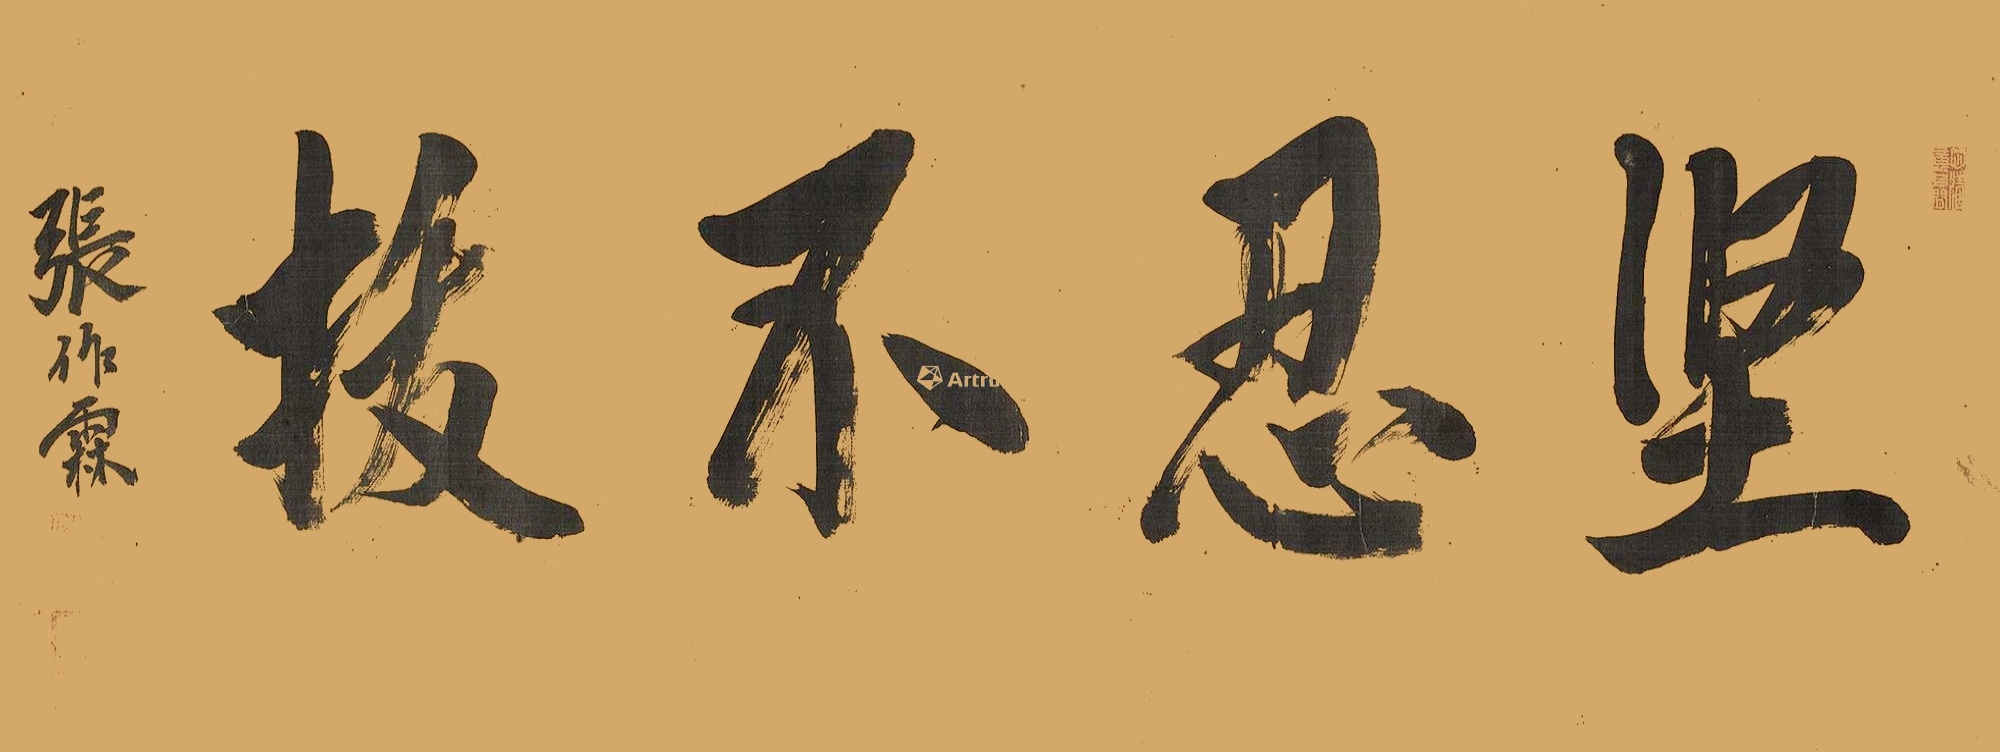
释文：坚忍不拔，张作霖。